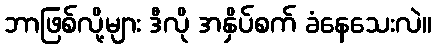
ဘာဖြစ်လို့များ ဒီလို အနှိပ်စက် ခံနေသေးလဲ။